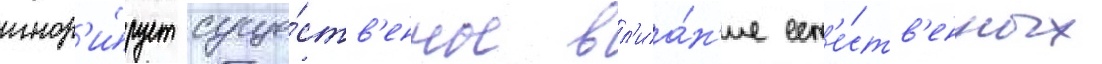
игнор'и́рует суще́ств'енное вл'иа́н'ие ест'е́ств'енных